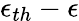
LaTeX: \epsilon_{th}-\epsilon